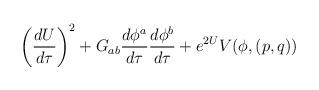
LaTeX: \begin{align*}\left ({d U \over d\tau}\right )^2 + G_{ab} {d\phi^a \over d\tau }{d\phi^b\over d\tau } +e^{2U}V(\phi, (p,q))\end{align*}